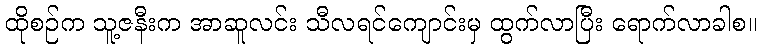
ထိုစဉ်က သူ့ဇနီးက အာဆူလင်း သီလရင်ကျောင်းမှ ထွက်လာပြီး ရောက်လာခါစ။